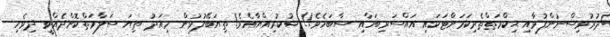
ދުރުވިސްނުންފުޅާއި ޙިކްމަތްތެރިކަމަށްޓަކައި އައްސަރިބަހާއި ސާބަހެވެ!! ޝުކުރިއްޔާއެވެ! ތިޔަބޭފުޅުން މިއަދު ތިޔަ ސަލާމަތްކޮށްދެއްވީ ދިވެހި